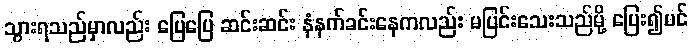
သွားရသည်မှာလည်း ပြေပြေ ဆင်းဆင်း နံနက်ခင်းနေကလည်း မပြင်းသေးသည်မို့ ပြေး၍ပင်